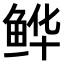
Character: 𫚘